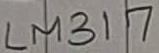
Text: LM317